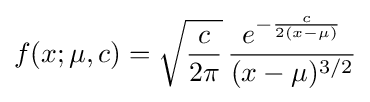
f(x;\mu ,c)={\sqrt {\frac {c}{2\pi }}}\,{\frac {e^{-{\frac {c}{2(x-\mu )}}}}{(x-\mu )^{3/2}}}